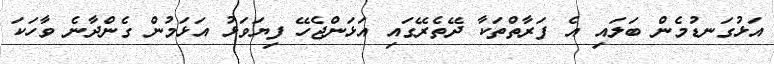
އަޅުގަނޑުމެން ބަލައި އެ ފަރާތްތަކާ ދޭތެރޭގައި އަޅަންޖެހޭ ފިޔަވަޅު އަޅަމުން ގެންދާނެ ވާހަކަ